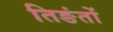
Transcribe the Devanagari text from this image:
तिङंतों